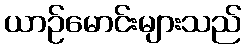
ယာဉ်မောင်းများသည်